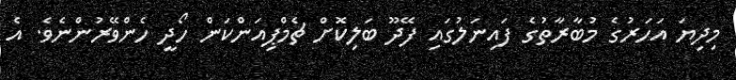
މިދިޔަ އަހަރުގެ މުބާރާތުގެ ފައިނަލުގައި ފޭދޫ ބަލިކޮށް ޗެމްޕިއަންކަން ހޯދީ ހެންވޭރުންނެވެ. އެ